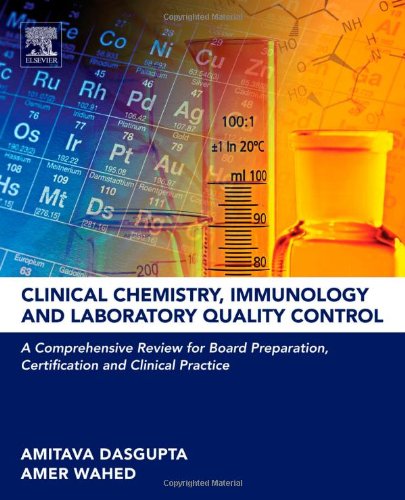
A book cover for Clinical Chemistry, Immunology and Laboratory Quality Control: A Comprehensive Review for Board Preparation, Certification and Clinical Practice; Amitava Dasgupta; Science & Math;